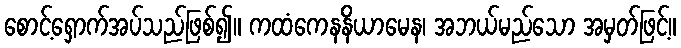
စောင့်ရှောက်အပ်သည်ဖြစ်၍။ ကထံကေနနိယာမေန၊ အဘယ်မည်သော အမှတ်ဖြင့်။